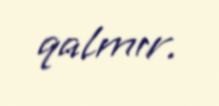
qalmır.